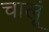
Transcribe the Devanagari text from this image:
चालूं